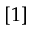
[ 1 ]